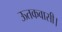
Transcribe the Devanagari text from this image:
ऊतकवासी।